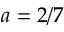
a = 2 / 7